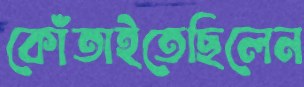
কোঁতাইতেছিলেন